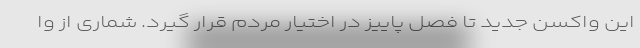
این واکسن جدید تا فصل پاییز در اختیار مردم قرار گیرد. شماری از وا